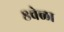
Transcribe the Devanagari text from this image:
८वेळा